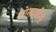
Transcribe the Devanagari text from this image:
सोनवणींनी